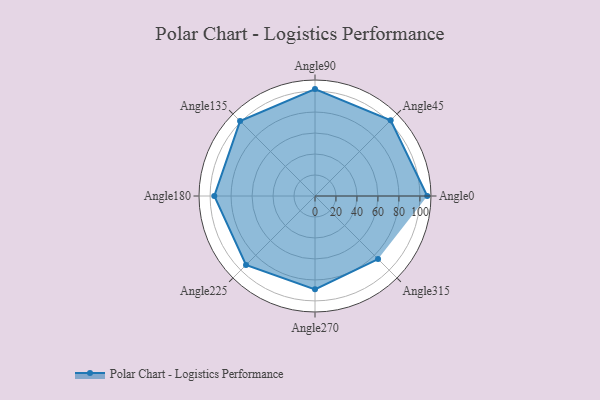
{"axis": {"x": "Angle", "y": "Radius"}, "legend": [""], "data": [{"x": "Angle0", "y": 107.0, "type": ""}, {"x": "Angle45", "y": 102.0, "type": ""}, {"x": "Angle90", "y": 102.0, "type": ""}, {"x": "Angle135", "y": 101.0, "type": ""}, {"x": "Angle180", "y": 96.0, "type": ""}, {"x": "Angle225", "y": 93.0, "type": ""}, {"x": "Angle270", "y": 89.0, "type": ""}, {"x": "Angle315", "y": 85.0, "type": ""}]}